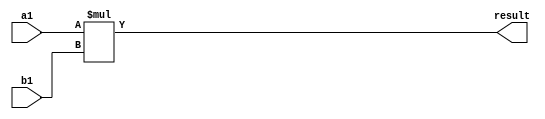
module ubit8_designware(input [7:0] a1,b1, output [15:0] result
    );
	 
	assign result = a1*b1;

endmodule